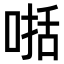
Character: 𠸓